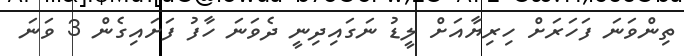
ތިންވަނަ ފަހަރަށް ހިރިޔާއަށް ލީޑު ނަގައިދިނީ ދެވަނަ ހާފު ފަށައިގެން 3 ވަނަ